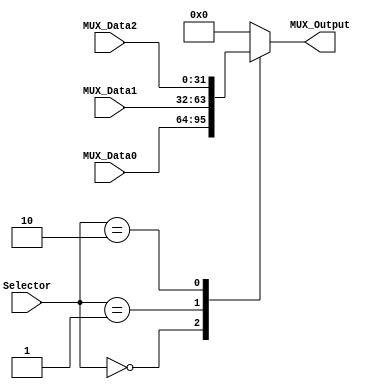
/******************************************************************
				  // MUX 3 a 1 con entradas de 32 bits  //
* Description: Aqu cargamos el dato correspondiente al:
* Data del Register File ("Cuando no hay forwarding")
* Forward de MEM/WB
* Forward de EX/MEM
******************************************************************/

module Mux_3to1
#(
	parameter NBits=32
)
(
	input [1:0] Selector,
	input [NBits-1:0] MUX_Data0,
	input [NBits-1:0] MUX_Data1,
	input [NBits-1:0] MUX_Data2,
	
	output reg [NBits-1:0] MUX_Output

);
//

always@(Selector,MUX_Data0,MUX_Data1,MUX_Data2) begin	
	case(Selector)
		0: MUX_Output = MUX_Data0;	// Data del Register File
		1:	MUX_Output = MUX_Data1; // Forward de MEM/WB
		2: MUX_Output = MUX_Data2; // Forward de EX/MEM
		default: MUX_Output = 32'd0;
	endcase
end
//

endmodule